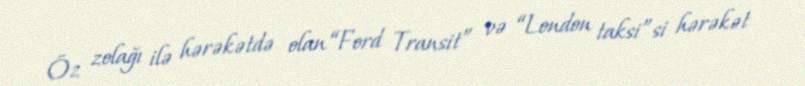
Öz zolağı ilə hərəkətdə olan “Ford Transit” və “London taksi”si hərəkət